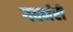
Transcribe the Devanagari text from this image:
गवर्नरी